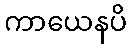
ကာယေနပိ